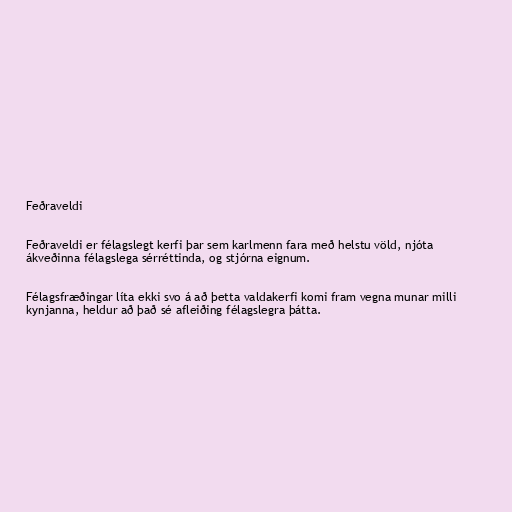
Feðraveldi

Feðraveldi er félagslegt kerfi þar sem karlmenn fara með helstu völd, njóta
ákveðinna félagslega sérréttinda, og stjórna eignum.

Félagsfræðingar líta ekki svo á að þetta valdakerfi komi fram vegna munar milli
kynjanna, heldur að það sé afleiðing félagslegra þátta.